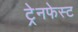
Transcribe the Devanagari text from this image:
ट्रेनफेस्ट